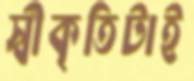
স্বীকৃতিটাই